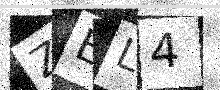
Text: ZEL4